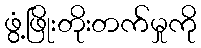
ဖွံ့ဖြိုးတိုးတက်မှုကို